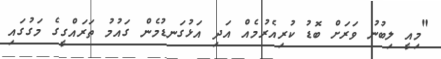
"މިއީ ލިބުނު ވަރަށް ބޮޑު ކުރިއެރުމެއް އަދި އަޅުގަނޑުމެން ގައުމު ތަރައްގީގެ މަގުގައި